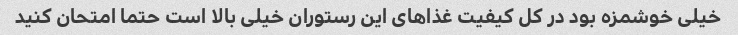
خیلی خوشمزه بود در کل کیفیت غذا‌های این رستوران خیلی بالا است حتما امتحان کنید